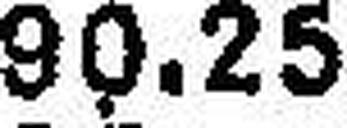
90.25